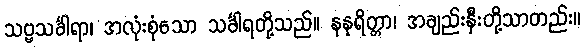
သဗ္ဗသင်္ခါရာ၊ အလုံးစုံသော သင်္ခါရတို့သည်။ နနုရိတ္တာ၊ အချည်းနှီးတို့သာတည်း။